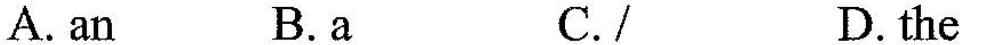
A.an B.a C./ D. the